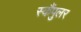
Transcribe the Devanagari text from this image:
स्कैंपुलर